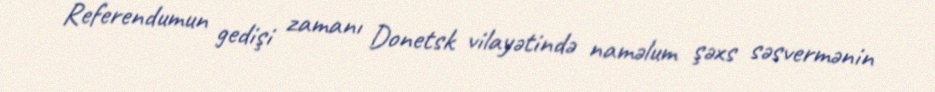
Referendumun gedişi zamanı Donetsk vilayətində naməlum şəxs səsvermənin